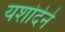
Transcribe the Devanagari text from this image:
यशोदेने